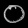
Digit: ၀